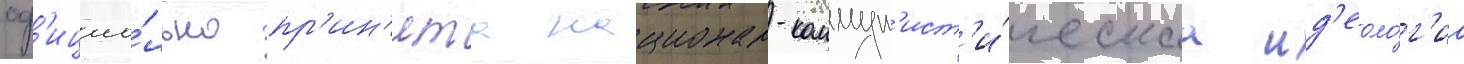
оф'ициа́льно пр'ин'ята национал-коммун'ист'и́ческаа ид'еоло́г'иа